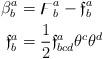
LaTeX: \begin{align*}\beta_{b}^{a} & =\digamma_{b}^{a}-\mathfrak{f}_{b}^{a}\\\mathfrak{f}_{b}^{a} & =\frac{1}{2}\mathfrak{f}_{bcd}^{a}\theta^{c}\theta^{d}\end{align*}